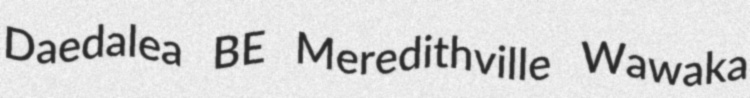
Daedalea BE Meredithville Wawaka